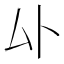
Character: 𫨦